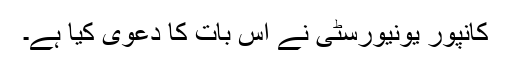
کانپور یونیورسٹی نے اس بات کا دعویٰ کیا ہے۔